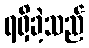
ရရှိခဲ့သည်